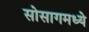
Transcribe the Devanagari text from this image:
सोसागमध्ये